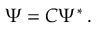
\Psi = { C } \Psi ^ { \ast } \, .